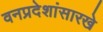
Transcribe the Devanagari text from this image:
वनप्रदेशांसारखे